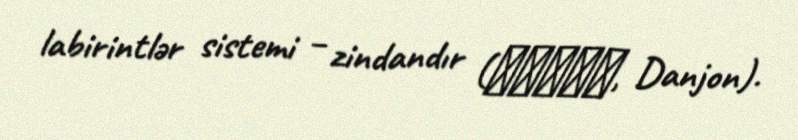
labirintlər sistemi – zindandır (ダンジョン, Danjon).